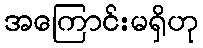
အကြောင်းမရှိဟု